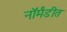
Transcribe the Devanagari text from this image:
नॉर्मंडीत